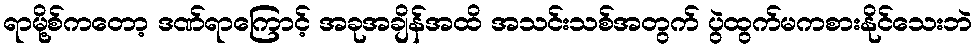
ရာမို့စ်ကတော့ ဒဏ်ရာကြောင့် အခုအချိန်အထိ အသင်းသစ်အတွက် ပွဲထွက်မကစားနိုင်သေးဘဲ